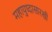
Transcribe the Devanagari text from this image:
महायुध्दासारखी